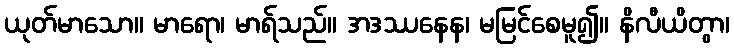
ယုတ်မာသော။ မာရော၊ မာရ်သည်။ အဒဿနေန၊ မမြင်စေမူ၍။ နိလီယိတွာ၊